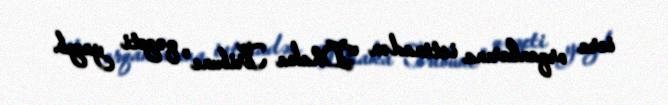
icra orqanlarına istinadən "Dhaka Tribune" qəzeti yazıb.